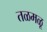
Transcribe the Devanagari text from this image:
तळमळू